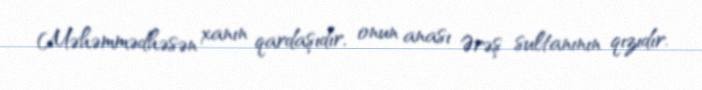
Məhəmmədhəsən xanın qardaşıdır, onun anası Ərəş sultanının qızıdır.